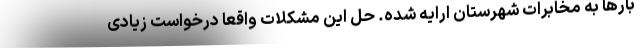
بارها به مخابرات شهرستان ارایه شده. حل این مشکلات واقعا درخواست زیادی